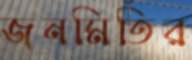
জনমিতির